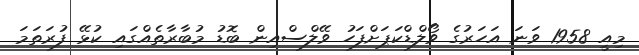
މިއީ 1958 ވަނަ އަހަރުގެ ވޯލްޑްކަޕަށްފަހު ވޭލްސްއިން ބޮޑު މުބާރާތެއްގައި ކުޅޭ ފުރަތަމަ